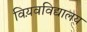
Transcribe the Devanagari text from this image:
विय़वविद्यालय